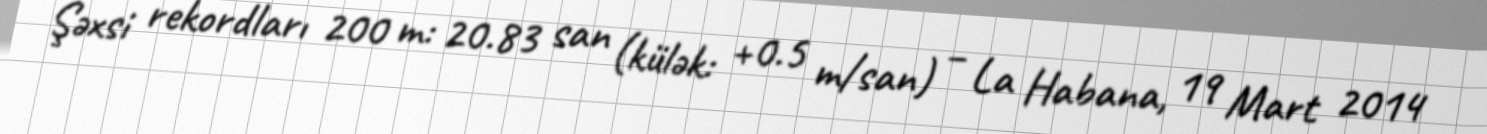
Şəxsi rekordları 200 m: 20.83 san (külək: +0.5 m/san) – La Habana, 19 Mart 2014